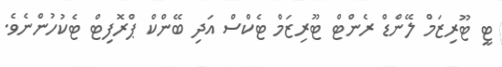
ޓީ ޓޫރިޒަމް ލޭންޑް ރެންޓް ޓޫރިޒަމް ޓެކްސް އަދި ބޭންކް ޕްރޮފިޓް ޓެކުހުންނެވެ.